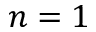
n = 1